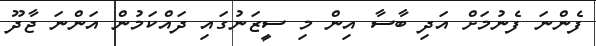
ފެންނަ ފެނުމަށް އަދި ބާސާ އިން މި ސީޒަނުގައި ދައްކަމުން އަންނަ ޖާދޫ